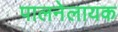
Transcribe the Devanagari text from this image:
पालनेलायक